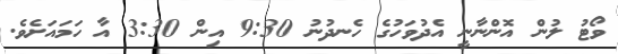
ވޯޓު ލުން އޮންނާނީ އެދުވަހުގެ ހެނދުނު 9:30 އިން 3:30 އާ ހަމައަށެވެ.